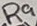
Text: R9